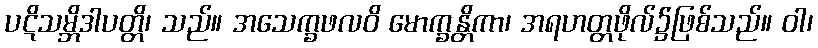
ပဋိသမ္ဘိဒါပတ္တိ၊ သည်။ အသေက္ခဖလဝိ မောက္ခန္တိကာ၊ အရဟတ္တဖိုလ်၌ဖြစ်သည်။ ဝါ၊